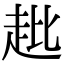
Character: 𧺲